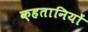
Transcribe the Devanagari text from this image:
क़हतानियों